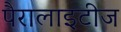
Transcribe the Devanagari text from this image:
पैरालाइटीज